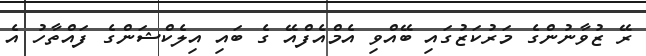
ރޭ ޒުވާނުންގެ މަރުކަޒުގައި ބޭއްވި އެމްއެފްއޭ ގެ ބައި އިލެކްޝަންގެ ފަައްތާހު އެ